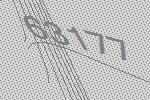
63177